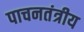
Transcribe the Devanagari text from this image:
पाचनतंत्रीय